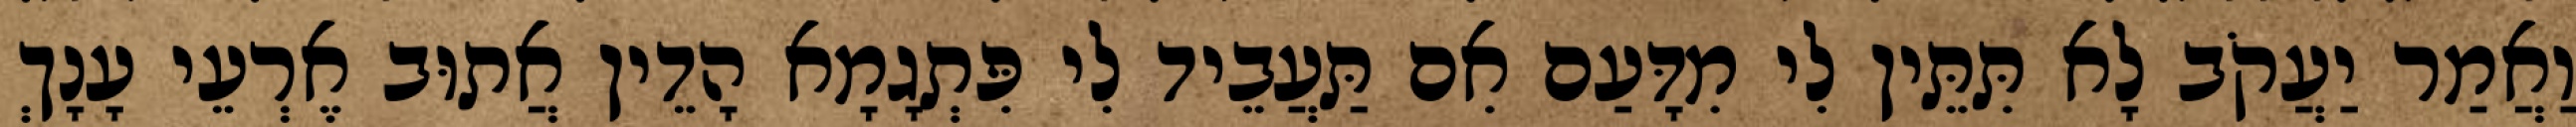
וַאֲמַר יַעֲקֹב לָא תִּתֵּין לִי מִדָּעַם אִם תַּעֲבֵיד לִי פִּתְגָמָא הָדֵין אֲתוּב אֶרְעֵי עָנָךְ